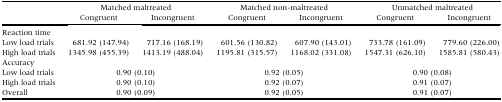
<table><thead><tr><td rowspan="2"></td><td colspan="2"><b>Matched maltreated</b></td><td colspan="2"><b>Matched non‐maltreated</b></td><td colspan="2"><b>Unmatched maltreated</b></td></tr><tr><td><b>Congruent</b></td><td><b>Incongruent</b></td><td><b>Congruent</b></td><td><b>Incongruent</b></td><td><b>Congruent</b></td><td><b>Incongruent</b></td></tr></thead><tbody><tr><td colspan="7">Reaction time</td></tr><tr><td>Low load trials</td><td>681.92 (147.94)</td><td>717.16 (168.19)</td><td>601.56 (130.82)</td><td>607.90 (143.01)</td><td>733.78 (161.09)</td><td>779.60 (226.00)</td></tr><tr><td>High load trials</td><td>1345.98 (455.39)</td><td>1413.19 (488.04)</td><td>1195.81 (315.57)</td><td>1168.02 (331.08)</td><td>1547.31 (626.10)</td><td>1585.81 (580.43)</td></tr><tr><td colspan="7">Accuracy</td></tr><tr><td>Low load trials</td><td colspan="2">0.90 (0.10)</td><td colspan="2">0.92 (0.05)</td><td colspan="2">0.90 (0.08)</td></tr><tr><td>High load trials</td><td colspan="2">0.90 (0.10)</td><td colspan="2">0.92 (0.07)</td><td colspan="2">0.91 (0.07)</td></tr><tr><td>Overall</td><td colspan="2">0.90 (0.09)</td><td colspan="2">0.92 (0.05)</td><td colspan="2">0.91 (0.07)</td></tr></tbody></table>